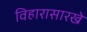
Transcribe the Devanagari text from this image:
विहारासारखे